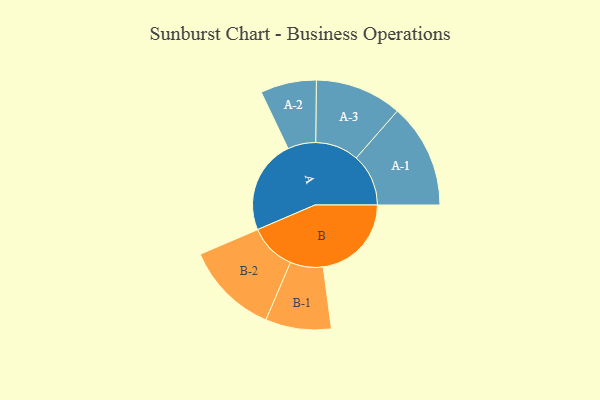
{"axis": {"x": "Segment", "y": "Value"}, "legend": ["", "A", "B"], "data": [{"x": "A", "y": 480, "type": ""}, {"x": "B", "y": 451, "type": ""}, {"x": "A-1", "y": 267, "type": "A"}, {"x": "A-2", "y": 143, "type": "A"}, {"x": "A-3", "y": 222, "type": "A"}, {"x": "B-1", "y": 168, "type": "B"}, {"x": "B-2", "y": 239, "type": "B"}]}